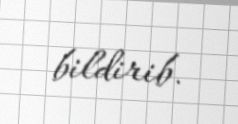
bildirib.